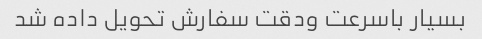
بسیار باسرعت ودقت سفارش تحویل داده شد